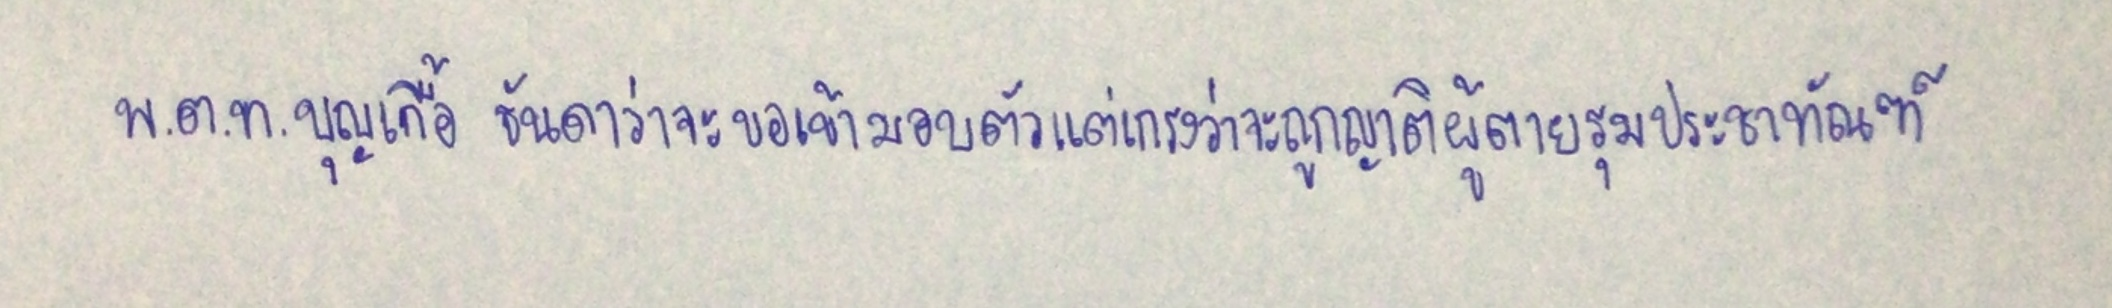
พ.ต.ท.บุญเกื้อ ธันดาว่าจะขอเข้ามอบตัวแต่เกรงว่าจะถูกญาติผู้ตายรุมประชาทัณฑ์